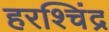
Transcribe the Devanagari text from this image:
हरश्चिंद्र